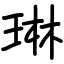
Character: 琳